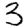
Digit: 3